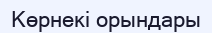
Көрнекі орындары